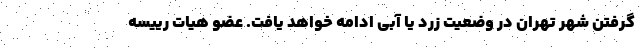
گرفتن شهر تهران در وضعیت زرد یا آبی ادامه خواهد یافت. عضو هیات رییسه